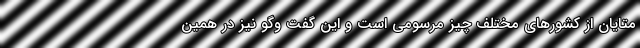
متایان از کشورهای مختلف چیز مرسومی است و این گفت وگو نیز در همین